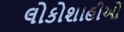
લોકોશાહીઓ